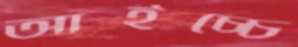
আইচ্চে